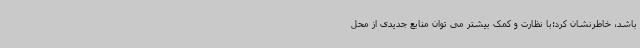
باشد، خاطرنشان کرد:با نظارت و کمک بیشتر می توان منابع جدیدی از محل